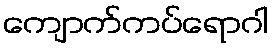
ကျောက်ကပ်ရောဂါ